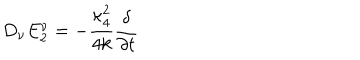
LaTeX: D _ { \nu } E _ { 2 } ^ { \nu } = - { \frac { { \kappa _ { 4 } ^ { 2 } } } { { 4 k } } } { \frac \delta { { \partial t } } }